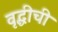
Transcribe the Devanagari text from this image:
वृद्धीची